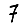
Digit: 7